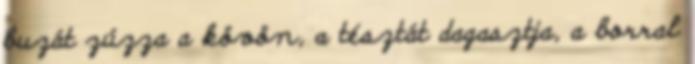
buzát zúzza a kövön, a tésztát dagasztja, a borral